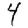
Digit: 4